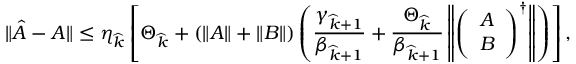
\| \hat { A } - A \| \le \eta _ { \widehat { k } } \left[ \Theta _ { \widehat { k } } + \left( \left\| A \right\| + \left\| B \right\| \right) \left( \frac { \gamma _ { \widehat { k } + 1 } } { \beta _ { { \widehat { k } } + 1 } } + \frac { \Theta _ { \widehat { k } } } { \beta _ { { \widehat { k } } + 1 } } \left\| \left( \begin{array} { l } { A } \\ { B } \end{array} \right) ^ { \dagger } \right\| \right) \right] ,